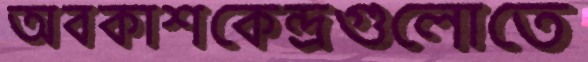
অবকাশকেন্দ্রগুলোতে